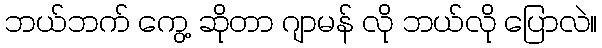
ဘယ်ဘက် ကွေ့ ဆိုတာ ဂျာမန် လို ဘယ်လို ပြောလဲ။